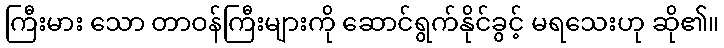
ကြီးမား သော တာဝန်ကြီးများကို ဆောင်ရွက်နိုင်ခွင့် မရသေးဟု ဆို၏။